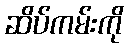
ဆိပ်ကမ်းကို